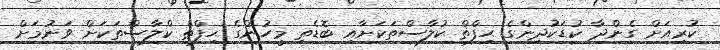
ކުރިއަށް ގެންދާ ކުޑަކުދިންގެ ޙިފްޡް ކުލާސްތަކަށާއި ބޮޑެތި މީހުންގެ ޙިފްޡް ކްލާސްތަކަށް ވަނުމަށް